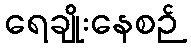
ရေချိုးနေစဉ်